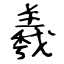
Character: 羲